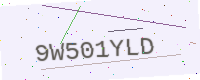
Text: 9W501YLD